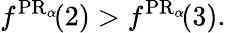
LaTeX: f^{\operatorname{PR}_{\alpha}\! }(2)>f^{\operatorname{PR}_{\alpha}\! }(3).